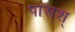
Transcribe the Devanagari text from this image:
पासश्